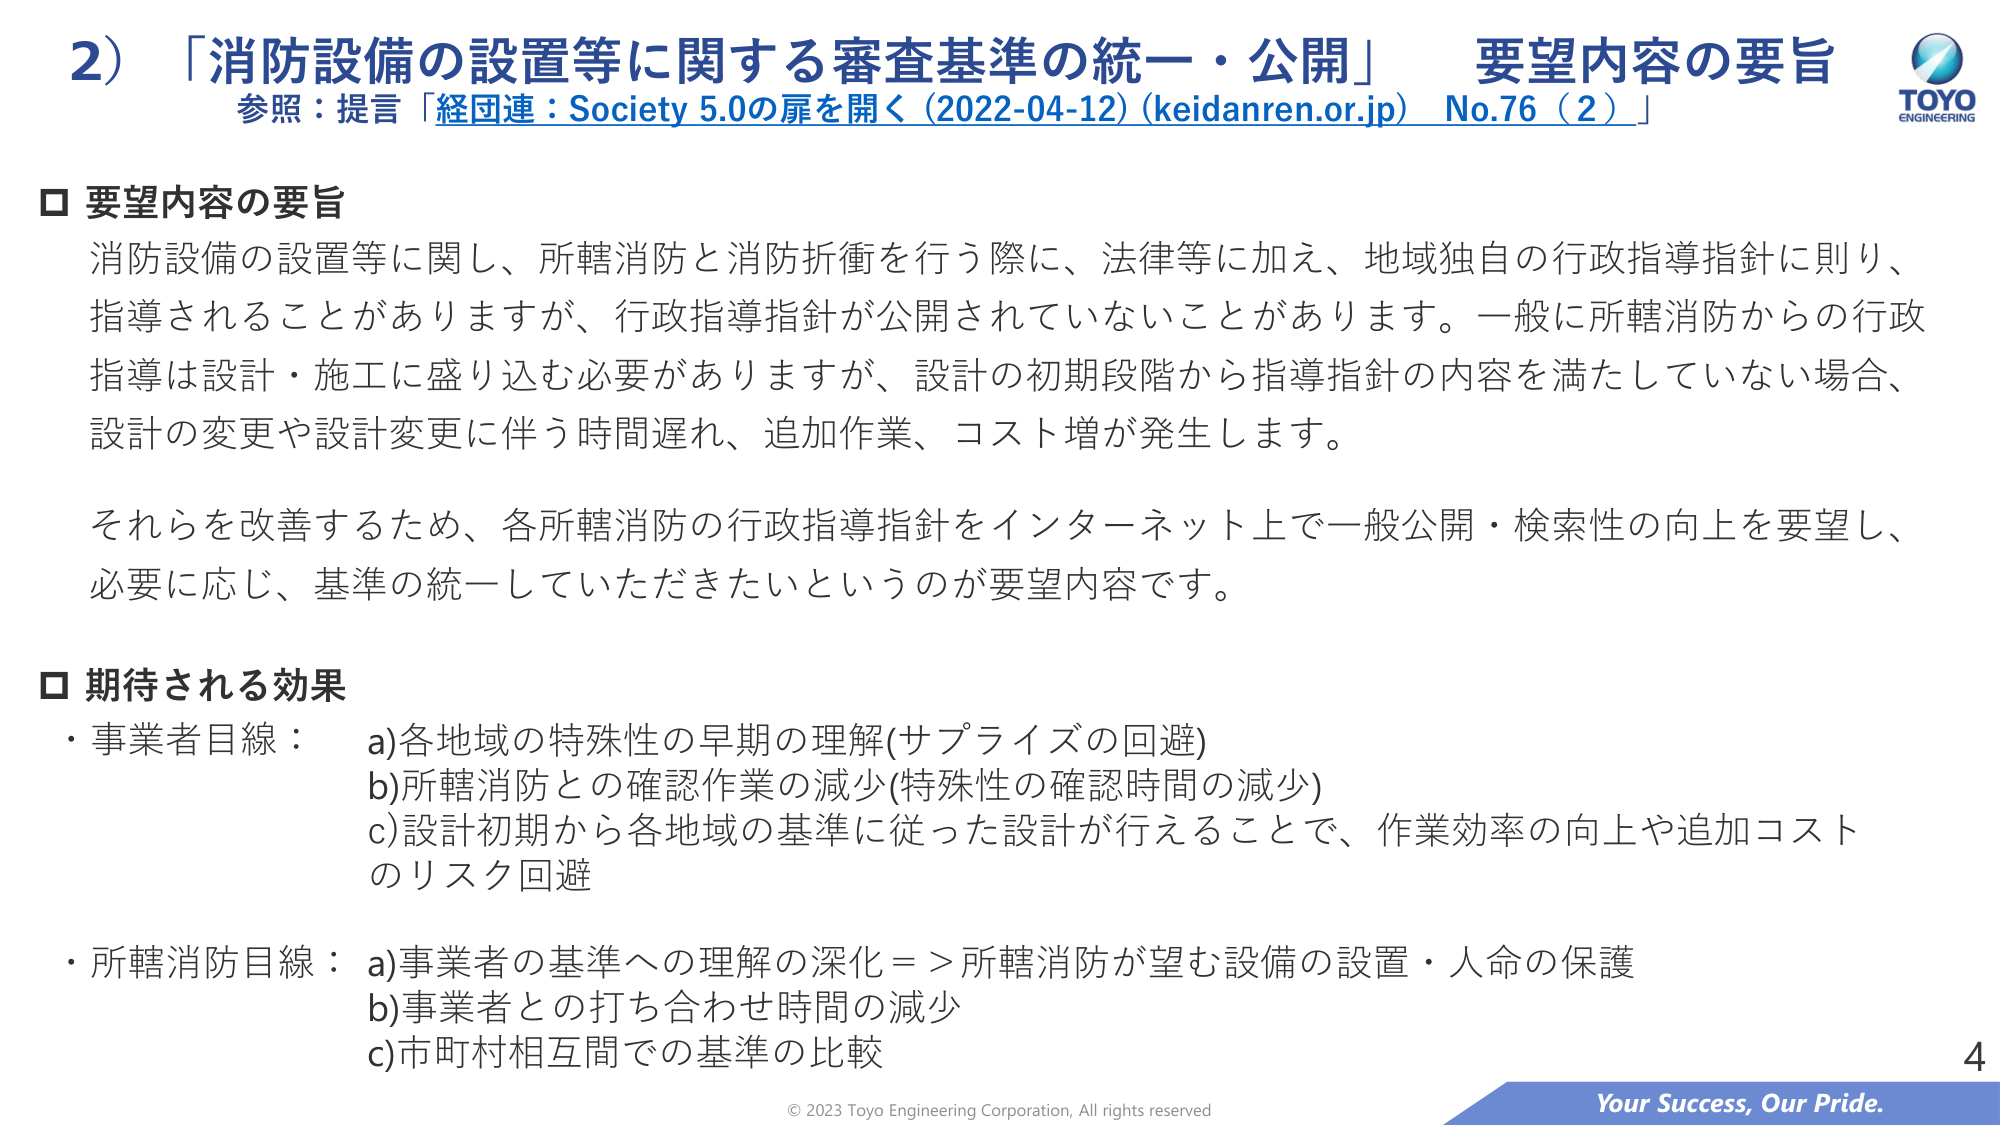
2）「消防設備の設置等に関する審査基準の統一・公開」 要望内容の要旨
参照：提言「経団連：Society 5.0の扉を開く（2022-04-12）(keidanren.or.jp) No.76（2）」

□ 要望内容の要旨
消防設備の設置等に関し、所轄消防と消防折衝を行う際に、法律等に加え、地域独自の行政指導指針に則り、指導されることがありますますが、行政指導指針が公開されていないことがあります。一般に所轄消防からの行政指導は設計・施工に盛り込む必要がありますが、設計の初期段階から指導指針の内容を満たしていない場合、設計の変更や設計変更に伴う時間遅れ、追加作業、コスト増が発生します。

それらを改善するため、各所轄消防の行政指導指針をインターネット上で一般公開・検索性の向上を要望し、必要に応じ、基準の統一していただきたいというのが要望内容です。

□ 期待される効果
・事業者目線：
a) 各地域の特殊性の早期の理解（サプライズの回避）
b) 所轄消防との確認作業の減少（特殊性の確認時間の減少）
c) 設計初期から各地域の基準に従った設計が行えることで、作業効率の向上や追加コストのリスク回避

・所轄消防目線：
a) 事業者の基準への理解の深化 => 所轄消防が望む設備の設置・人命の保護
b) 事業者との打ち合わせ時間の減少
c) 市町村相互間での基準の比較

© 2023 Toyo Engineering Corporation, All rights reserved
Your Success, Our Pride.
4
TOYO ENGINEERING